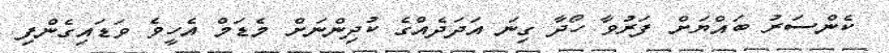
ކެންސަރު ބައްޔަށް ފަރުވާ ހޯދާ ގިނަ އަދަދެއްގެ ކުދިންނަށް މެޑަމް އެހީވެ ވަޑައިގެންފި